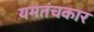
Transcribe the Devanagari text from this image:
यमतंचकार